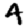
Digit: 4